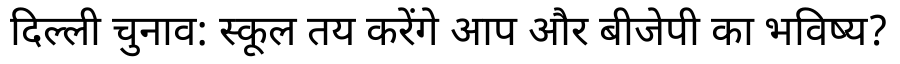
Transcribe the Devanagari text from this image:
दिल्ली चुनाव: स्कूल तय करेंगे आप और बीजेपी का भविष्य?